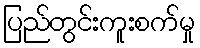
ပြည်တွင်းကူးစက်မှု